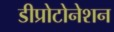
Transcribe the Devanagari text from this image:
डीप्रोटोनेशन